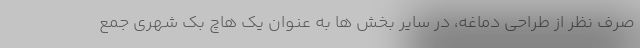
صرف نظر از طراحی دماغه، در سایر بخش ها به عنوان یک هاچ بک شهری جمع